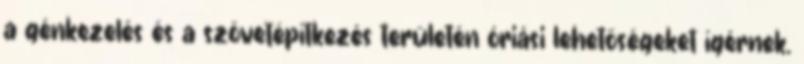
a génkezelés és a szövetépítkezés területén óriási lehetőségeket ígérnek.